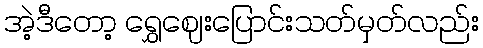
အဲ့ဒီတော့ ရွှေဈေးပြောင်းသတ်မှတ်လည်း